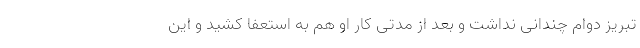
تبریز دوام چندانی نداشت و بعد از مدتی کار او هم به استعفا کشید و این